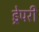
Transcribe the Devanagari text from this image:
ड्रेपरी